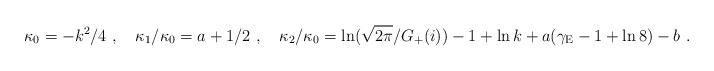
LaTeX: \begin{align*}\kappa_0 = -k^2/4 \ , \quad \kappa_1/\kappa_0 = a + 1/2 \ , \quad{\kappa_2 / \kappa_0 = \ln (\sqrt{2\pi}/G_+(i)) - 1}+\ln k +a(\gamma_{\rm E}-1+\ln8)-b \ .\end{align*}